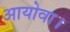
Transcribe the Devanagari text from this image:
आयोवा।